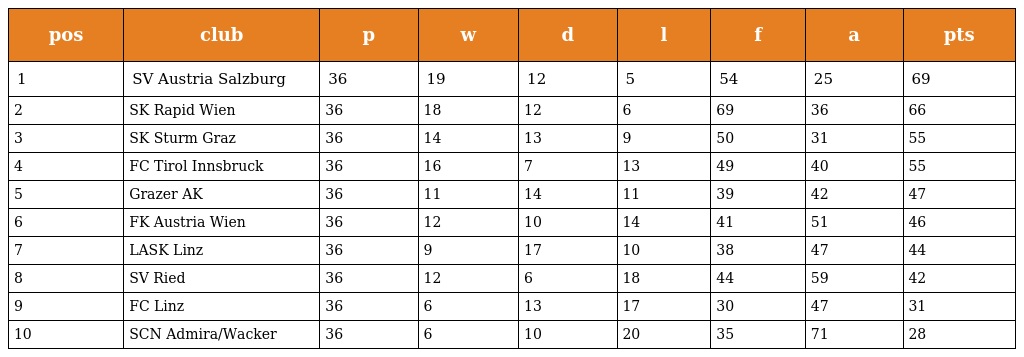
| pos | club | p | w | d | l | f | a | pts |
 | --- | --- | --- | --- | --- | --- | --- | --- | --- |
 | 1 | SV Austria Salzburg | 36 | 19 | 12 | 5 | 54 | 25 | 69 |
 | 2 | SK Rapid Wien | 36 | 18 | 12 | 6 | 69 | 36 | 66 |
 | 3 | SK Sturm Graz | 36 | 14 | 13 | 9 | 50 | 31 | 55 |
 | 4 | FC Tirol Innsbruck | 36 | 16 | 7 | 13 | 49 | 40 | 55 |
 | 5 | Grazer AK | 36 | 11 | 14 | 11 | 39 | 42 | 47 |
 | 6 | FK Austria Wien | 36 | 12 | 10 | 14 | 41 | 51 | 46 |
 | 7 | LASK Linz | 36 | 9 | 17 | 10 | 38 | 47 | 44 |
 | 8 | SV Ried | 36 | 12 | 6 | 18 | 44 | 59 | 42 |
 | 9 | FC Linz | 36 | 6 | 13 | 17 | 30 | 47 | 31 |
 | 10 | SCN Admira/Wacker | 36 | 6 | 10 | 20 | 35 | 71 | 28 |